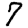
Digit: 7